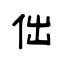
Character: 㑁